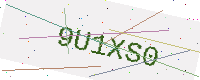
Text: 9U1XS0